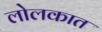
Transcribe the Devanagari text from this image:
लोलकात